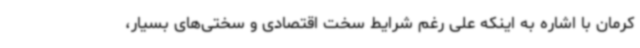
کرمان با اشاره به اینکه علی رغم شرایط سخت اقتصادی و سختی‌های بسیار،